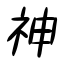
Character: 神